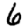
Digit: 6